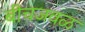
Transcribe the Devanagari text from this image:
बीचजवळ